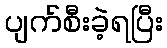
ပျက်စီးခဲ့ရပြီး